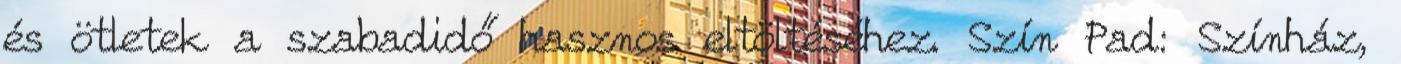
és ötletek a szabadidő hasznos eltöltéséhez. Szín Pad: Színház,